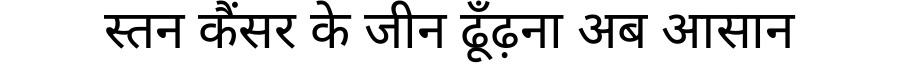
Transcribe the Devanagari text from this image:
स्तन कैंसर के जीन ढूँढ़ना अब आसान